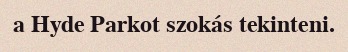
a Hyde Parkot szokás tekinteni.